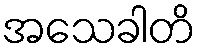
အသေခါတိ